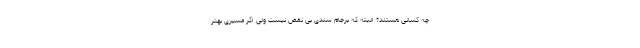
چه کسانی هستند؟ البته که برجام سندی بی نقص نیست ولی اگر مسیری بهتر